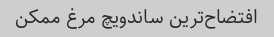
افتضاح‌ترین ساندویچ مرغ ممکن